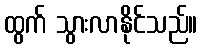
ထွက် သွားလာနိုင်သည်။